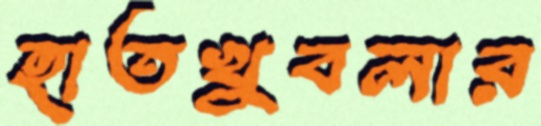
হাতখুবলার